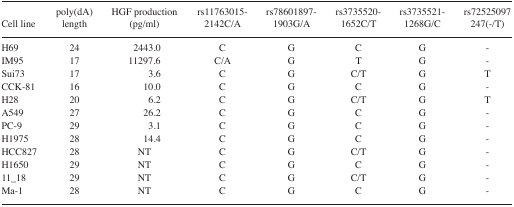
<table><thead><tr><td><b>Cell line</b></td><td><b>poly(dA) length</b></td><td><b>HGF production (pg/ml)</b></td><td><b>rs11763015-2142C/A</b></td><td><b>rs78601897-1903G/A</b></td><td><b>rs3735520-1652C/T</b></td><td><b>rs3735521-1268G/C</b></td><td><b>rs72525097 247(−/T)</b></td></tr></thead><tbody><tr><td>H69</td><td>24</td><td>2443.0</td><td>C</td><td>G</td><td>C</td><td>G</td><td>-</td></tr><tr><td>IM95</td><td>17</td><td>11297.6</td><td>C/A</td><td>G</td><td>T</td><td>G</td><td>-</td></tr><tr><td>Sui73</td><td>17</td><td>3.6</td><td>C</td><td>G</td><td>C/T</td><td>G</td><td>T</td></tr><tr><td>CCK-81</td><td>16</td><td>10.0</td><td>C</td><td>G</td><td>C</td><td>G</td><td>-</td></tr><tr><td>H28</td><td>20</td><td>6.2</td><td>C</td><td>G</td><td>C/T</td><td>G</td><td>T</td></tr><tr><td>A549</td><td>27</td><td>26.2</td><td>C</td><td>G</td><td>C</td><td>G</td><td>-</td></tr><tr><td>PC-9</td><td>29</td><td>3.1</td><td>C</td><td>G</td><td>C</td><td>G</td><td>-</td></tr><tr><td>H1975</td><td>28</td><td>14.4</td><td>C</td><td>G</td><td>C</td><td>G</td><td>-</td></tr><tr><td>HCC827</td><td>28</td><td>NT</td><td>C</td><td>G</td><td>C/T</td><td>G</td><td>-</td></tr><tr><td>H1650</td><td>29</td><td>NT</td><td>C</td><td>G</td><td>C</td><td>G</td><td>-</td></tr><tr><td>11_18</td><td>29</td><td>NT</td><td>C</td><td>G</td><td>C/T</td><td>G</td><td>-</td></tr><tr><td>Ma-1</td><td>28</td><td>NT</td><td>C</td><td>G</td><td>C</td><td>G</td><td>-</td></tr></tbody></table>